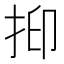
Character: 𢬃